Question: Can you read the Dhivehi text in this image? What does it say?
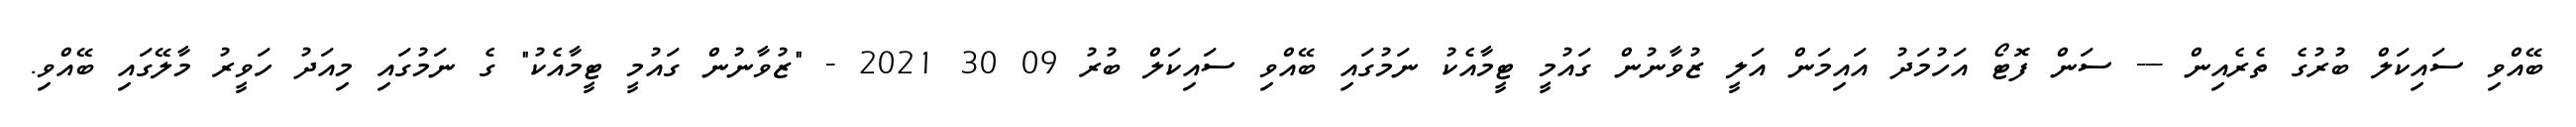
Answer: ބޭއްވި ސައިކަލް ބުރުގެ ތެރެއިން --- ސަން ފޮޓޯ އަހުމަދު އައިމަން އަލީ ޒުވާނުން ގައުމީ ޓީމާއެކު ނަމުގައި ބޭއްވި ސައިކަލް ބުރު 09 30 2021 - "ޒުވާނުން ގައުމީ ޓީމާއެކު" ގެ ނަމުގައި މިއަދު ހަވީރު މާލޭގައި ބޭއްވި.